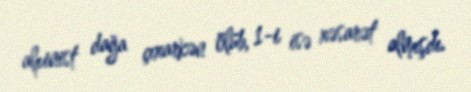
alpinist dağa çıxarkən ölüb, 1-i isə xəsarət almışdı.